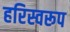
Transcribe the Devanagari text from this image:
हरिस्वरूप